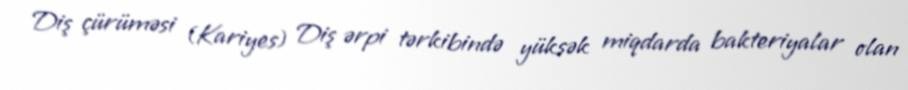
Diş çürüməsi (Kariyes) Diş ərpi tərkibində yüksək miqdarda bakteriyalar olan